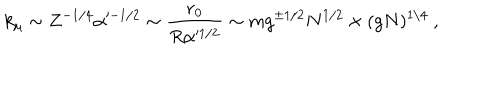
k _ { \mu } \sim Z ^ { - 1 / 4 } \alpha ^ { - 1 / 2 } \sim \frac { r _ { 0 } } { R \alpha ^ { 1 / 2 } } \sim m g ^ { \pm 1 / 2 } N ^ { 1 / 2 } \times ( g N ) ^ { 1 / 4 } \ ,